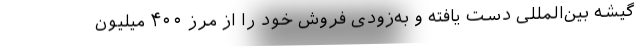
گیشه بین‌المللی دست یافته و به‌زودی فروش خود را از مرز ۴۰۰ میلیون